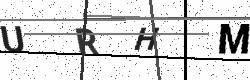
Text: URHM